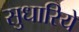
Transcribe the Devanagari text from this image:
सुधारिये